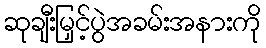
ဆုချီးမြှင့်ပွဲအခမ်းအနားကို